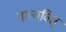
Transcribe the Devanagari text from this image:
नात्मवित्‌